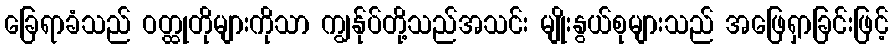
ခြေရာခံသည် ဝတ္ထုတိုများကိုသာ ကျွန်ုပ်တို့သည်အသင်း မျိုးနွယ်စုများသည် အဖြေရှာခြင်းဖြင့်